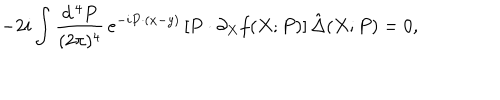
LaTeX: - 2 i \int \frac { d ^ { \, 4 } P } { ( 2 \pi ) ^ { 4 } } \, e ^ { - i P \cdot ( x - y ) } \left[ P \cdot \partial _ { X } f ( X ; P ) \right] \hat { \Delta } ( X ; P ) = 0 ,